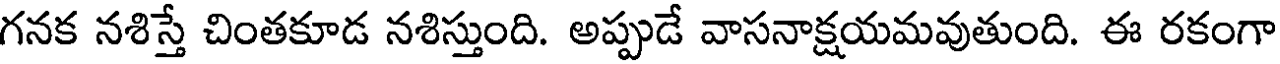
గనక నశిస్తే చింతకూడ నశిస్తుంది. అప్పుడే వాసనాక్షయమవుతుంది. ఈ రకంగా